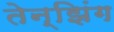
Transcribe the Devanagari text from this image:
तेन्झिंग